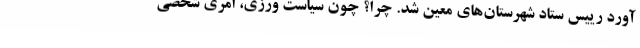
آورد رییس ستاد شهرستان‌های معین شد. چرا؟ چون سیاست‌ ورزی، امری شخصی